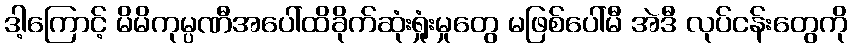
ဒါ့ကြောင့် မိမိကုမ္ပဏီအပေါ်ထိခိုက်ဆုံးရှုံးမှုတွေ မဖြစ်ပေါ်မီ အဲဒီ လုပ်ငန်းတွေကို